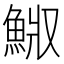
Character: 𩷅